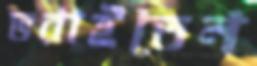
ভরাইতেন